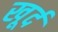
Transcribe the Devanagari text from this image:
खूर्द